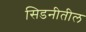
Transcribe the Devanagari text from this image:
सिडनीतील